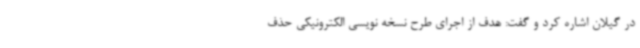
در گیلان اشاره کرد و گفت: هدف از اجرای طرح نسخه نویسی الکترونیکی حذف